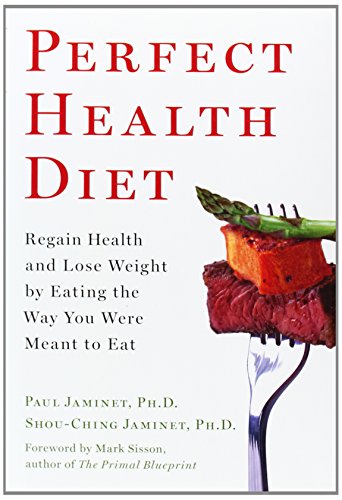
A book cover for Perfect Health Diet: Regain Health and Lose Weight by Eating the Way You Were Meant to Eat; Ph.D. Paul Jaminet Ph.D.; Health, Fitness & Dieting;